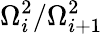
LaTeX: \Omega_{i}^{2}/\Omega_{i+1}^{2}